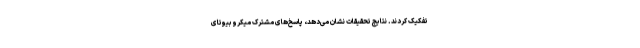
تفکیک کردند. نتایج تحقیقات نشان می‌دهد، پاسخ‌های مشترک میکروبیوتای